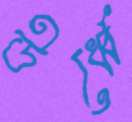
ঊর্ধ্বে